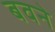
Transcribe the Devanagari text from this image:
बवने